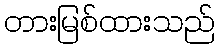
တားမြစ်ထားသည်